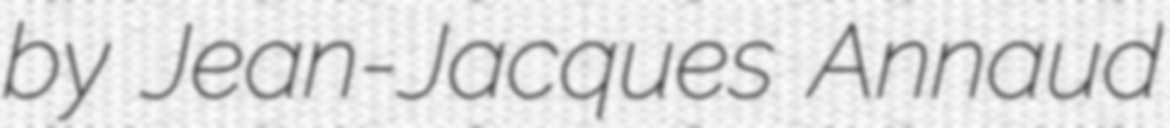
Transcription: by Jean-Jacques Annaud